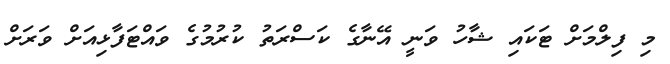
މި ފިލްމަށް ޓަކައި ޝާހު ވަނީ އޭނާގެ ކަސްރަތު ކުރުމުގެ ވައްޓަފާޅިއަށް ވަރަށް